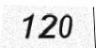
120